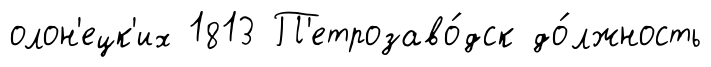
олон'ецк'их 1813 П'етрозаво́дск до́лжность